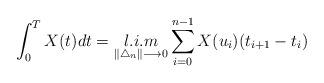
LaTeX: \begin{align*}\displaystyle \int_{0}^{T} X(t) dt=\displaystyle \mathop{l.i.m}\limits_{\|\bigtriangleup_{n}\|\longrightarrow 0} \sum_{i=0}^{n-1} X(u_{i})(t_{i+1}- t_{i})\end{align*}